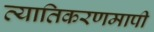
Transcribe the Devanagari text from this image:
व्यातिकरणमापी